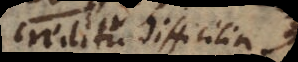
creditu difficilia,